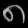
Digit: ၈